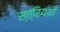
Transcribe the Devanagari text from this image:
स्त्रिययाँ